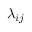
\lambda _ { i j }